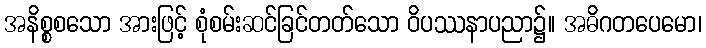
အနိစ္စစသော အားဖြင့် စုံစမ်းဆင်ခြင်တတ်သော ဝိပဿနာပညာ၌။ အဓိဂတပေမော၊